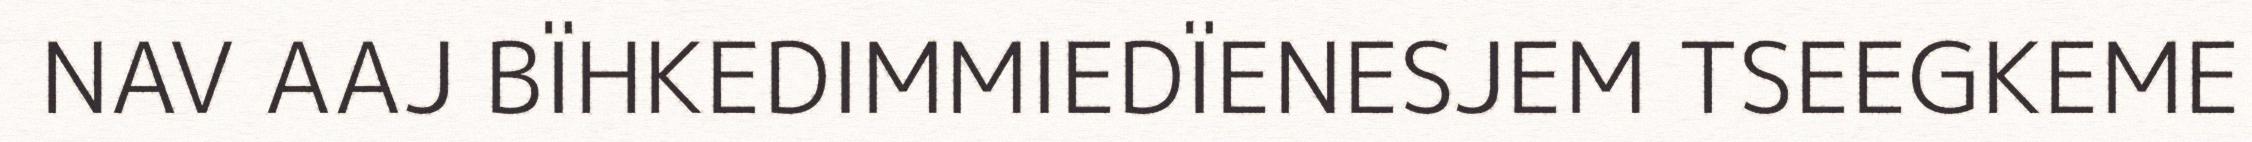
NAV AAJ BÏHKEDIMMIEDÏENESJEM TSEEGKEME